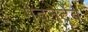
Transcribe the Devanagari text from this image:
मेदनेदेव